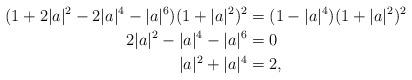
LaTeX: \begin{align*}(1+2|a|^2-2|a|^4-|a|^6)(1+|a|^2)^2&=(1-|a|^4)(1+|a|^2)^2\\2|a|^2-|a|^4-|a|^6&=0\\|a|^2+|a|^4&=2,\end{align*}